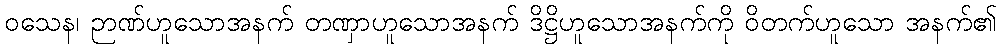
ဝသေန၊ ဉာဏ်ဟူသောအနက် တဏှာဟူသောအနက် ဒိဋ္ဌိဟူသောအနက်ကို ဝိတက်ဟူသော အနက်၏